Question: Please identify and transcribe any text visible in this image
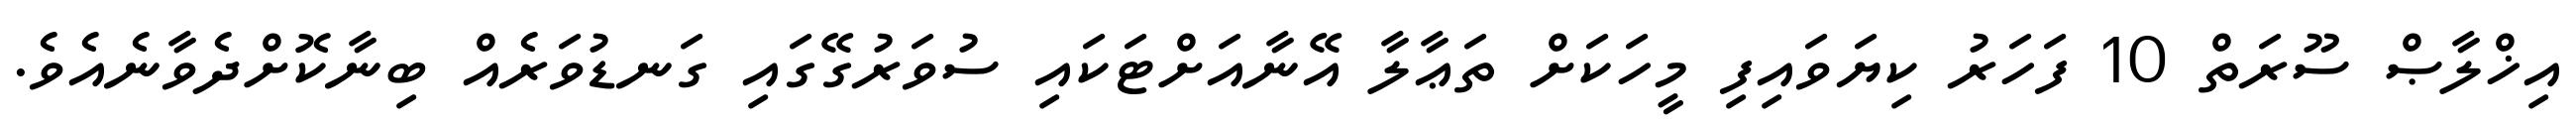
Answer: އިޚްލާޞް ސޫރަތް 10 ފަހަރު ކިޔަވައިފި މީހަކަށް ތަޢާލާ އޭނާއަށްޓަކައި ސުވަރުގޭގައި ގަނޑުވަރެއް ބިނާކޮށްދެވާނެއެވެ.